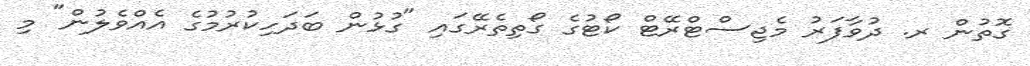
ގޮތުން ރ. ދުވާފަރު މެޖިސްޓްރޭޓް ކޯޓުގެ ގޯތިތެރޭގައި "ގުޅުން ބަދަހިކުރުމުގެ އެއްވެލުން" މި